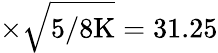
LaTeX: \times\sqrt{5/8\textrm{K}}=31.25